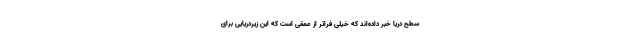
سطح دریا خبر داده‌اند که خیلی فراتر از عمقی است که این زیردریایی برای